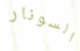
السونار